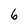
Character: 6